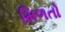
મિળતો